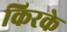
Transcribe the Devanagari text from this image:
किरके